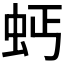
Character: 𧉝